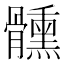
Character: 𩪱